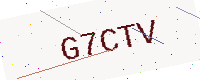
Text: G7CTV